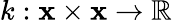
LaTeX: k:\mathbf{x}\times\mathbf{x}\rightarrow\mathbb{R}